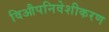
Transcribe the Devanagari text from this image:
विऔपनिवेशीकरण